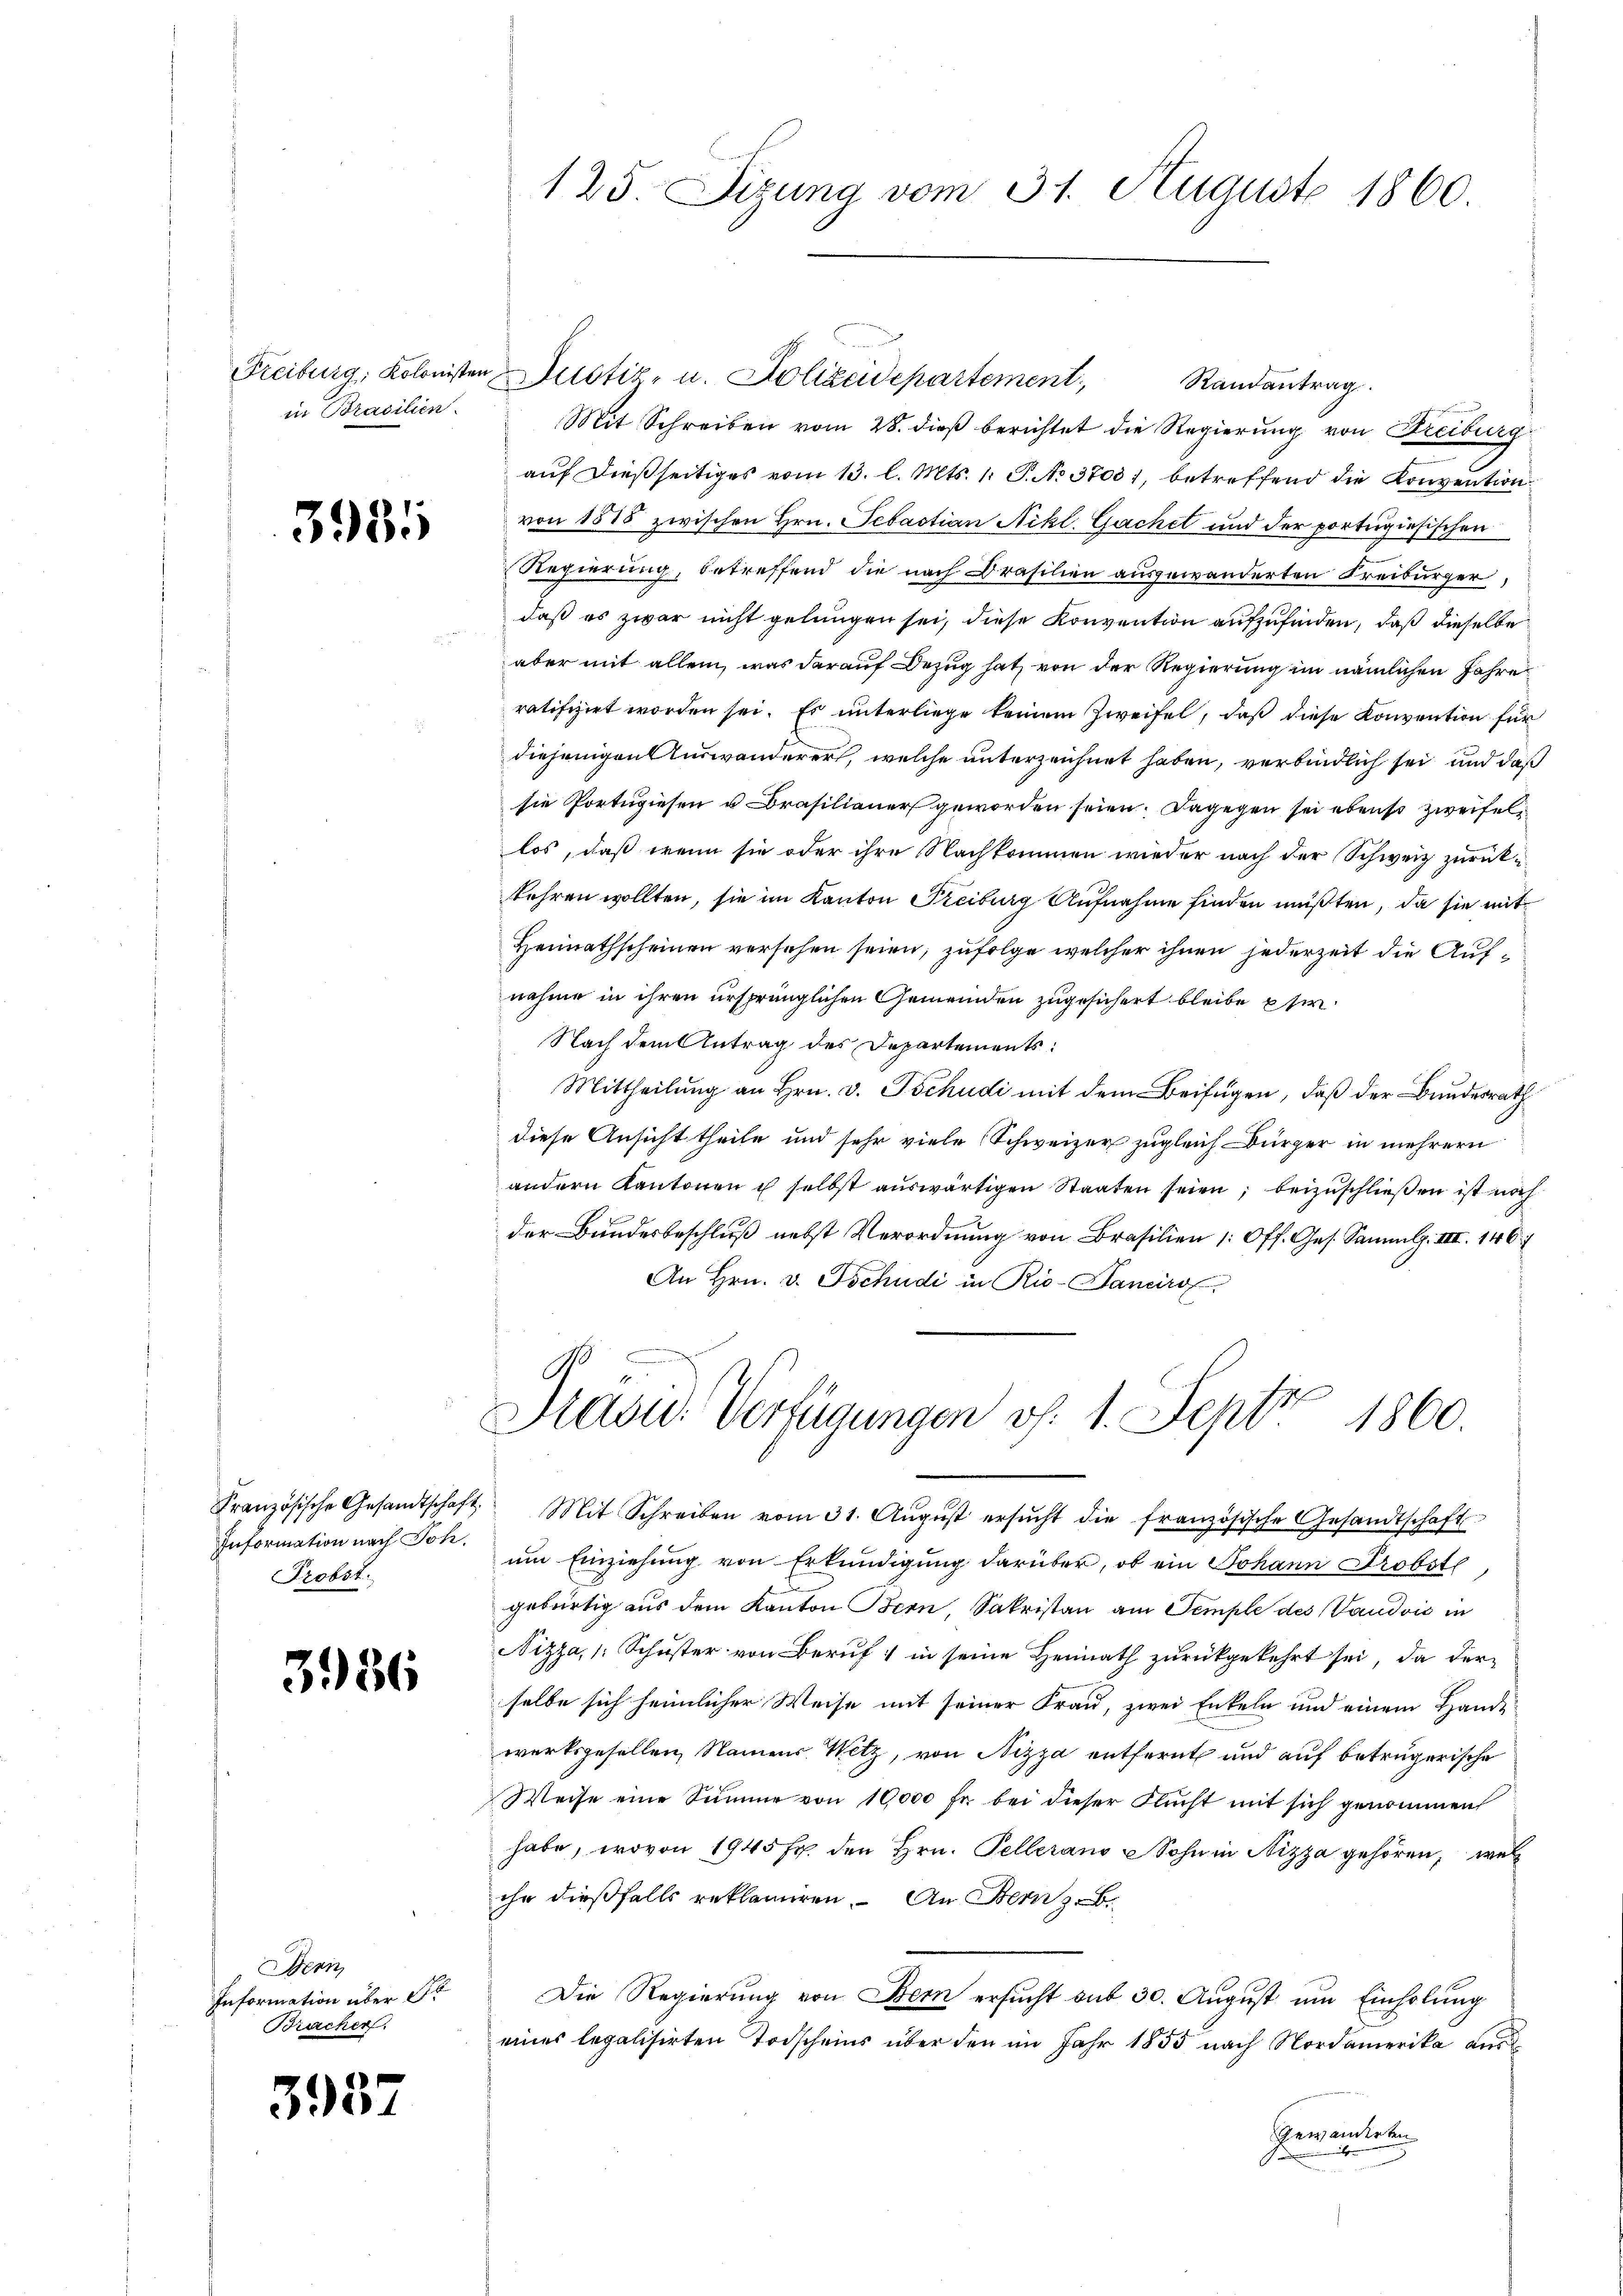
in Brasilien

3981

Information nach Joh.
Probst.

3986

Bern
Information über 5t
Bracher.

3957

125. Sizung vom 31. August 1860.

Mit Schreiben vom 28. dieß berichtet die Regierung von Freiburg
auf dießseitiges vom 13. l. Mts. 1. P. No 37031, betreffend die Konvention
von 1585 zwischen Hrn. Sebastian Nikl. Gachel und der portugisischen
Regierung, betreffend die nach Brasilien ausgewanderten Freiburger,
daß es zwar nicht gelungen sei, diese Konvention aufzufinden, daß dieselbe
aber mit allem, was darauf Bezug hat, von der Regierung im nämlichen Jahre
ratifizirt worden sei. Es unterliege keinem Zweifel, daß diese Konvention für
diejenigen Auswanderer, welche unterzeichnet haben, verbindlich sei und daß
sie Portugiesen u Brasilianer geworden seien. Dagegen sei ebenso zweifel
los, daß wenn sie oder ihre Nachkommen wieder nach der Schweiz zurück-
kehren wollten, sie im Kanton Freiburg Aufnahme finden müßten, da sie mit
Heimathscheinen versehen seien, zufolge welcher ihnen jederzeit die Aufnahme in ihren ursprünglichen Gemeinden zugesichert bleibe her
Nach dem Antrag des Departements:
Mittheilung an Hrn. v. Tschudi mit dem Beifügen, daß der Bundesrath
diese Ansicht theile und sehr viele Schweizer zugleich Dürzer in mehrern
andern Kantonen u selbst aŭswärtigen Staaten seien; beizuschließen ist noch
der Bundesbeschluß nebst Verordnung von Brasilien (Off. Ges. Sammlg. III. 146
An Hrn. v. Tschudi in Rio-Janeiro

Freiburg, Kolonisten Justiz- u. Polizeidepartement Randantrag

Präsid. Verfügungen v. 1. Sept 1860.
e
Französische Gesandtschaft. Mit Schreiben vom 31. Aŭgŭst ersŭcht die französische Gesandtschaft

um Einziehung von Erkundigung darüber, ob ein Johann Probste
gebürtig aus dem Kanton Bern, Sakristan am Temple des Vaudvić in
Nizza, 1 Schuster von Beruf in seine Heimath zurückgekehrt sei, da der-
selbe sich heimlicher Weise mit seiner Frau, zwei Enkeln und einem Hande
werksgesellen, Namens Wetz, von Nizza entfernt und auf betrügerische
Weise eine Summe von 10,000 fr. bei dieser Flucht mit sich genommen
habe, wovon 1945 fr. den Hrn. Pellerans Sohn in Nizza gehören, wel
ihr dießfalls reklamiren. An Bern z
Die Regierung von Bern ersucht aus 30. August um Einholung
eines legalisirten Todscheins über den im Jahr 1855 nach Nordamerika aus
Genannten